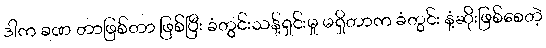
ဒါက ခဏ တာဖြစ်တာ ဖြစ်ပြီး ခံတွင်းသန့်ရှင်းမှု မရှိတာက ခံတွင်း နံ့ဆိုးဖြစ်စေတဲ့